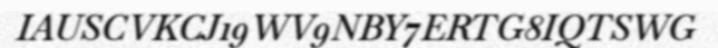
IAUSCVKCJ19WV9NBY7ERTG8IQTSWG